Civil Veterinary Dept. North-West Frontier Province 1933-46 - 1933-1946
Year: 1933
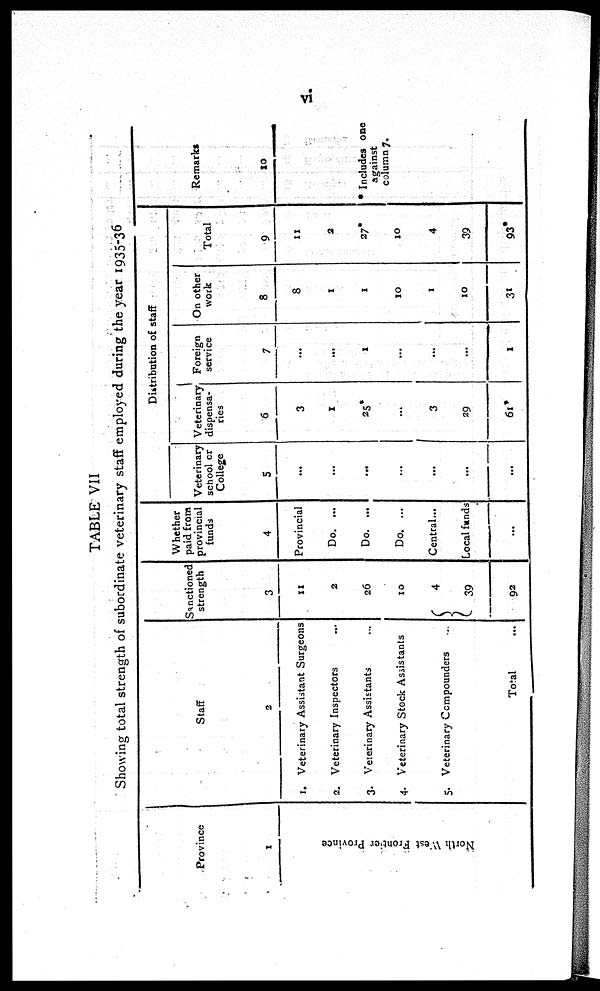
vi
TABLE VII
Showing total strength of subordinate veterinary staff employed during the year 1935-36
Province
1
North West Frontier Province
Staff
2
1. Veterinary Assistant Surgeons
2. Veterinary Inspectors ...
3. Veterinary Assistants ...
4. Veterinary Stock Assistants
5. Veterinary Compounders ...
Total ...
Sanctioned
strength
3
11
2
26
10
4
39
92
Whether
paid from
provincial
funds
4
Provincial
Do. ...
Do. ...
Do. ...
Central...
Local funds
...
Distribution of staff
Veterinary
school cr
College
5
...
...
...
...
...
...
...
Veterinary
dispensa-
ries
6
3
1
25*
...
3
29
61*
Foreign
service
7
...
...
1
...
...
1
On other
work
8
8
1
1
10
1
10
31
Total
9
11
2
27*
10
4
39
93*
Remarks
10
* Includes one
against
column 7.